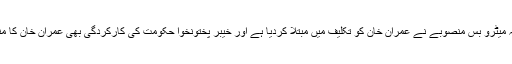
ان کا کہنا تھا کہ میٹرو بس منصوبے نے عمران خان کو تکلیف میں مبتلا کردیا ہے اور خیبر پختونخوا حکومت کی کارکردگی بھی عمران خان کا منہ چڑا رہی ہے۔